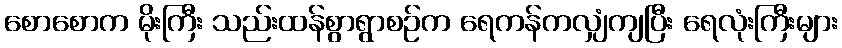
စောစောက မိုးကြီး သည်းထန်စွာရွာစဉ်က ရေကန်ကလျှံကျပြီး ရေလုံးကြီးများ